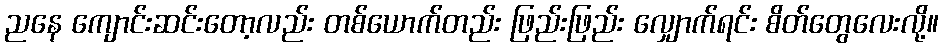
ညနေ ကျောင်းဆင်းတော့လည်း တစ်ယောက်တည်း ဖြည်းဖြည်း လျှောက်ရင်း စိတ်တွေလေးလို့။